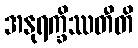
အနုရက္ခိဿတီတိ